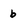
Character: b